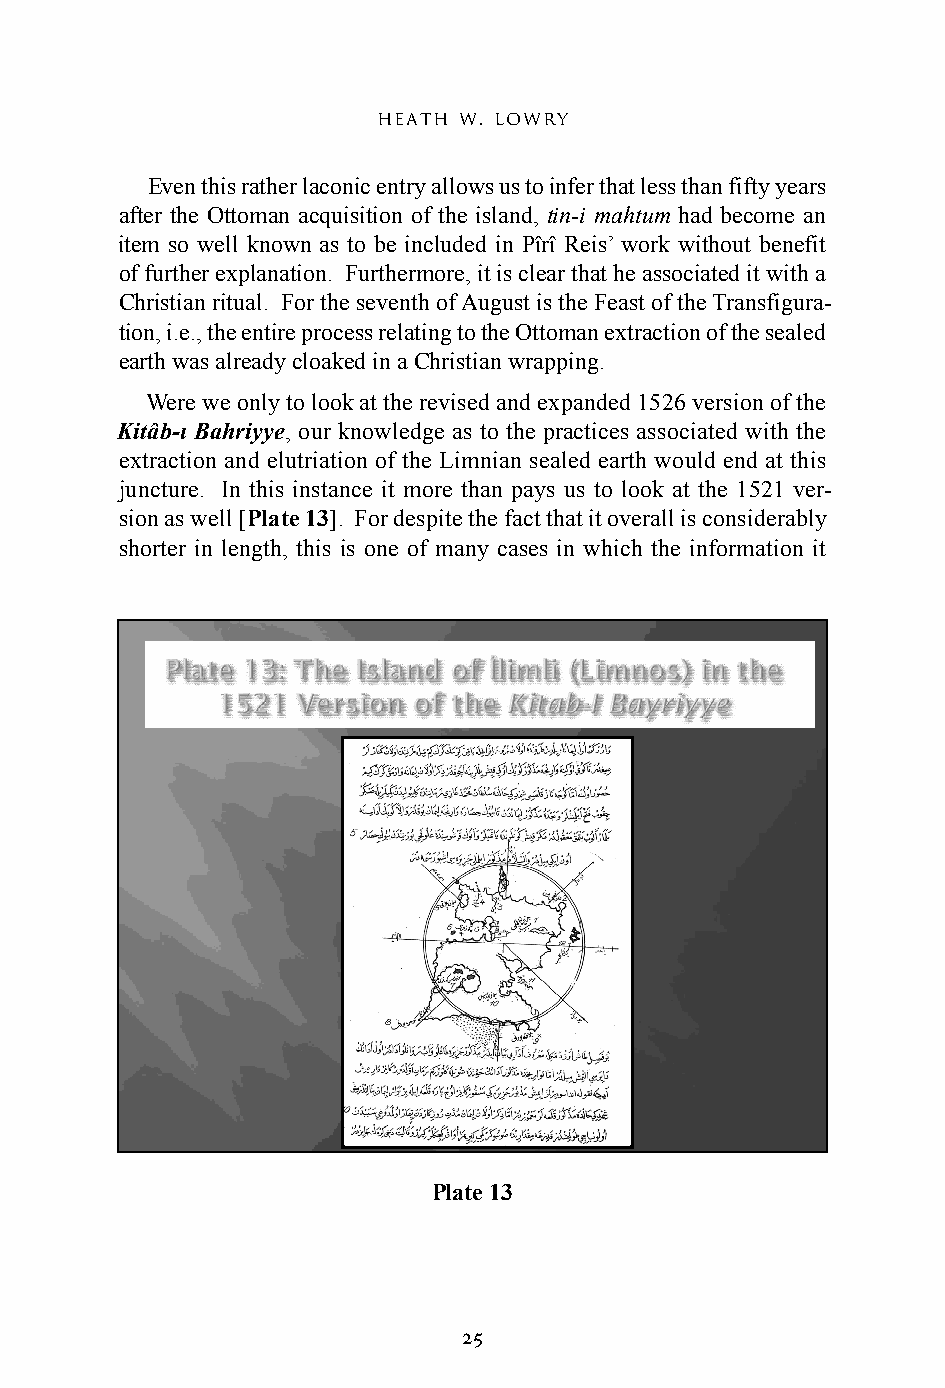
heath w. lowry
 Even this rather laconic entry allows us to infer that less than fifty years
 after the Ottoman acquisition of the island, tin-i mahtum had become an
 item so well known as to be included in Pîrî Reis’ work without benefit
 of further explanation. Furthermore, it is clear that he associated it with a
 Christian ritual. For the seventh of August is the Feast of the Transfigura-
 tion, i.e., the entire process relating to the Ottoman extraction of the sealed
 earth was already cloaked in a Christian wrapping.
 Were we only to look at the revised and expanded 1526 version of the
 Kitâb-ı Bahriyye, our knowledge as to the practices associated with the
 extraction and elutriation of the Limnian sealed earth would end at this
 juncture. In this instance it more than pays us to look at the 1521 ver-
 sion as well [Plate 13]. For despite the fact that it overall is considerably
 shorter in length, this is one of many cases in which the information it
 Plate 13
 25